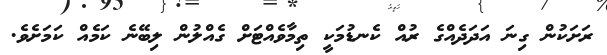
ރަށަކުން ގިނަ އަދަދެއްގެ ރުއް ކެނޑުމަކީ ތިމާވެއްޓަށް ގެއްލުން ލިބޭނެ ކަމެއް ކަމަށެވެ.